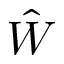
\hat { W }